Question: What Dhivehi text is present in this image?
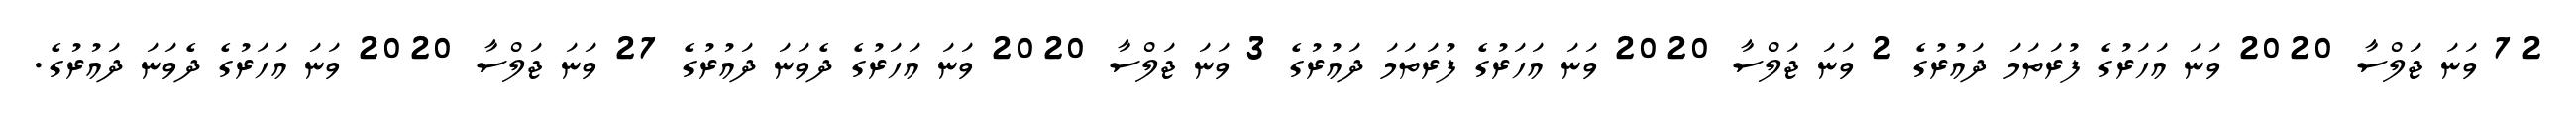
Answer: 72 ވަނަ ޖަލްސާ 2020 ވަނަ އަހަރުގެ ފުރަތަމަ ދައުރުގެ 2 ވަނަ ޖަލްސާ 2020 ވަނަ އަހަރުގެ ފުރަތަމަ ދައުރުގެ 3 ވަނަ ޖަލްސާ 2020 ވަނަ އަހަރުގެ ދެވަނަ ދައުރުގެ 27 ވަނަ ޖަލްސާ 2020 ވަނަ އަހަރުގެ ދެވަނަ ދައުރުގެ.